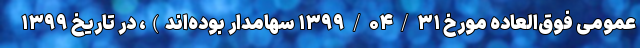
عمومی فوق‌العاده مورخ ۱۳۹۹/۰۴/۳۱ سهامدار بوده‌اند)، در تاریخ ۱۳۹۹